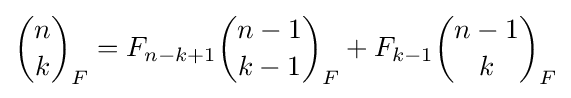
{\binom {n}{k}}_{F}=F_{n-k+1}{\binom {n-1}{k-1}}_{F}+F_{k-1}{\binom {n-1}{k}}_{F}